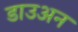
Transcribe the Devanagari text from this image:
डाउअन